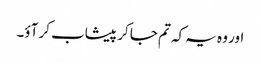
اور وہ یہ کہ تم جا کر پیشاب کر آؤ۔